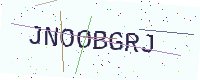
Text: JNOOBGRJ